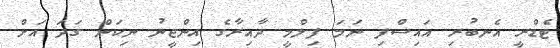
ޓެޑްރީ އެނބުރި އައިސްފި ނަމަ ފިލްމީ ދާއިރާގެ އިންޖީނު ނިކަން ގަދަ އަށް